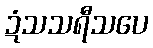
ဍံသသရီသပေ